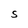
Character: S